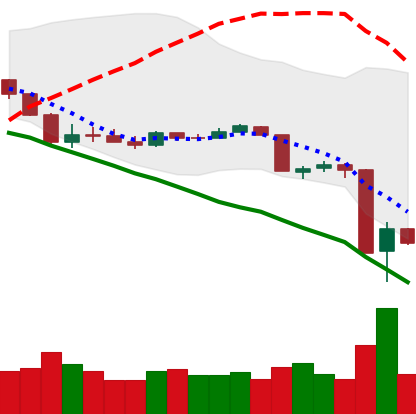
Ticker: XRP-USD
Chart end date: 2020-03-14
Forward return: 12.047%
Label: up_7plus